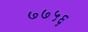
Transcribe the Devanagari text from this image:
७७५६